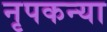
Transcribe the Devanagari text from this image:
नृपकन्या